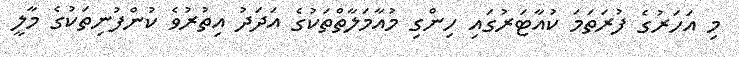
މި އަހަރުގެ ފުރަތަމަ ކުއާޓަރުގައި ހިންގި މުއާމަލާތްތަކުގެ އަދަދު އިތުރުވެ ކުންފުނިތަކުގެ މާލީ